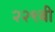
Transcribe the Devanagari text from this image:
२२९बी